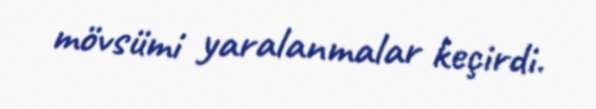
mövsümi yaralanmalar keçirdi.